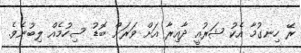
ރޭ ހިނގުމާ އެކު ޝަރުއީ ދާއިރާ އަށް ވަރަށް ބޮޑު ސިހުމެއް ލިބުނެވެ.